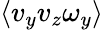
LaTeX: \left\langle v_{y}v_{z}\omega_{y}\right\rangle